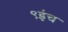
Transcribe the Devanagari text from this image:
९इंच